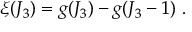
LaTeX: \xi ( J _ { 3 } ) = g ( J _ { 3 } ) - g ( J _ { 3 } - 1 ) ~ .